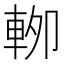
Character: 𰹏